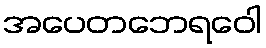
အပေတဘေရဝေါ